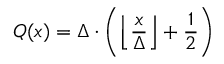
Q ( x ) = \Delta \cdot \left( \left\lfloor { \frac { x } { \Delta } } \right\rfloor + { \frac { 1 } { 2 } } \right)